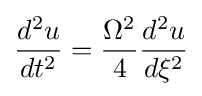
{\frac {d^{2}u}{dt^{2}}}={\frac {\Omega ^{2}}{4}}{\frac {d^{2}u}{d\xi ^{2}}}